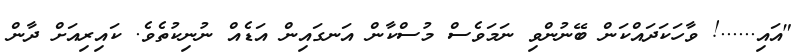
"އައި......! ވާހަކަދައްކަން ބޭނުންވި ނަމަވެސް މުސްކާން އަނގައިން އަޑެއް ނުނިކުތެވެ. ކައިރިއަށް ދާން